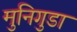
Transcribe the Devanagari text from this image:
मुनिगुडा